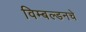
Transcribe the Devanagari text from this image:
विम्बल्डनचे